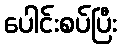
ပေါင်းစပ်ပြီး